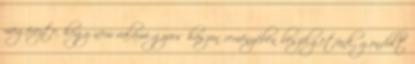
megérezte, hogy nem valami gyors haszon reményében beszélgetünk, gondolt